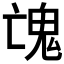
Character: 𩲉